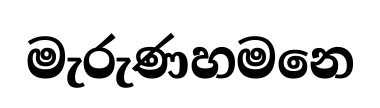
මැරුණහමනෙ